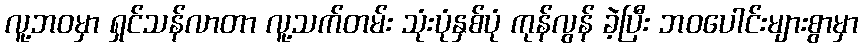
လူ့ဘဝမှာ ရှင်သန်လာတာ လူ့သက်တမ်း သုံးပုံနှစ်ပုံ ကုန်လွန် ခဲ့ပြီး ဘဝပေါင်းများစွာမှာ